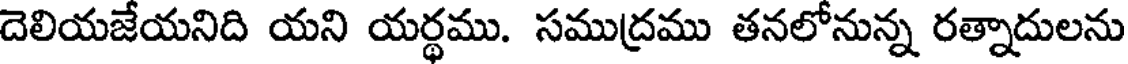
దెలియజేయనిది యని యర్థము. సముద్రము తనలోనున్న రత్నాదులను